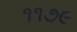
૧૧૭૯